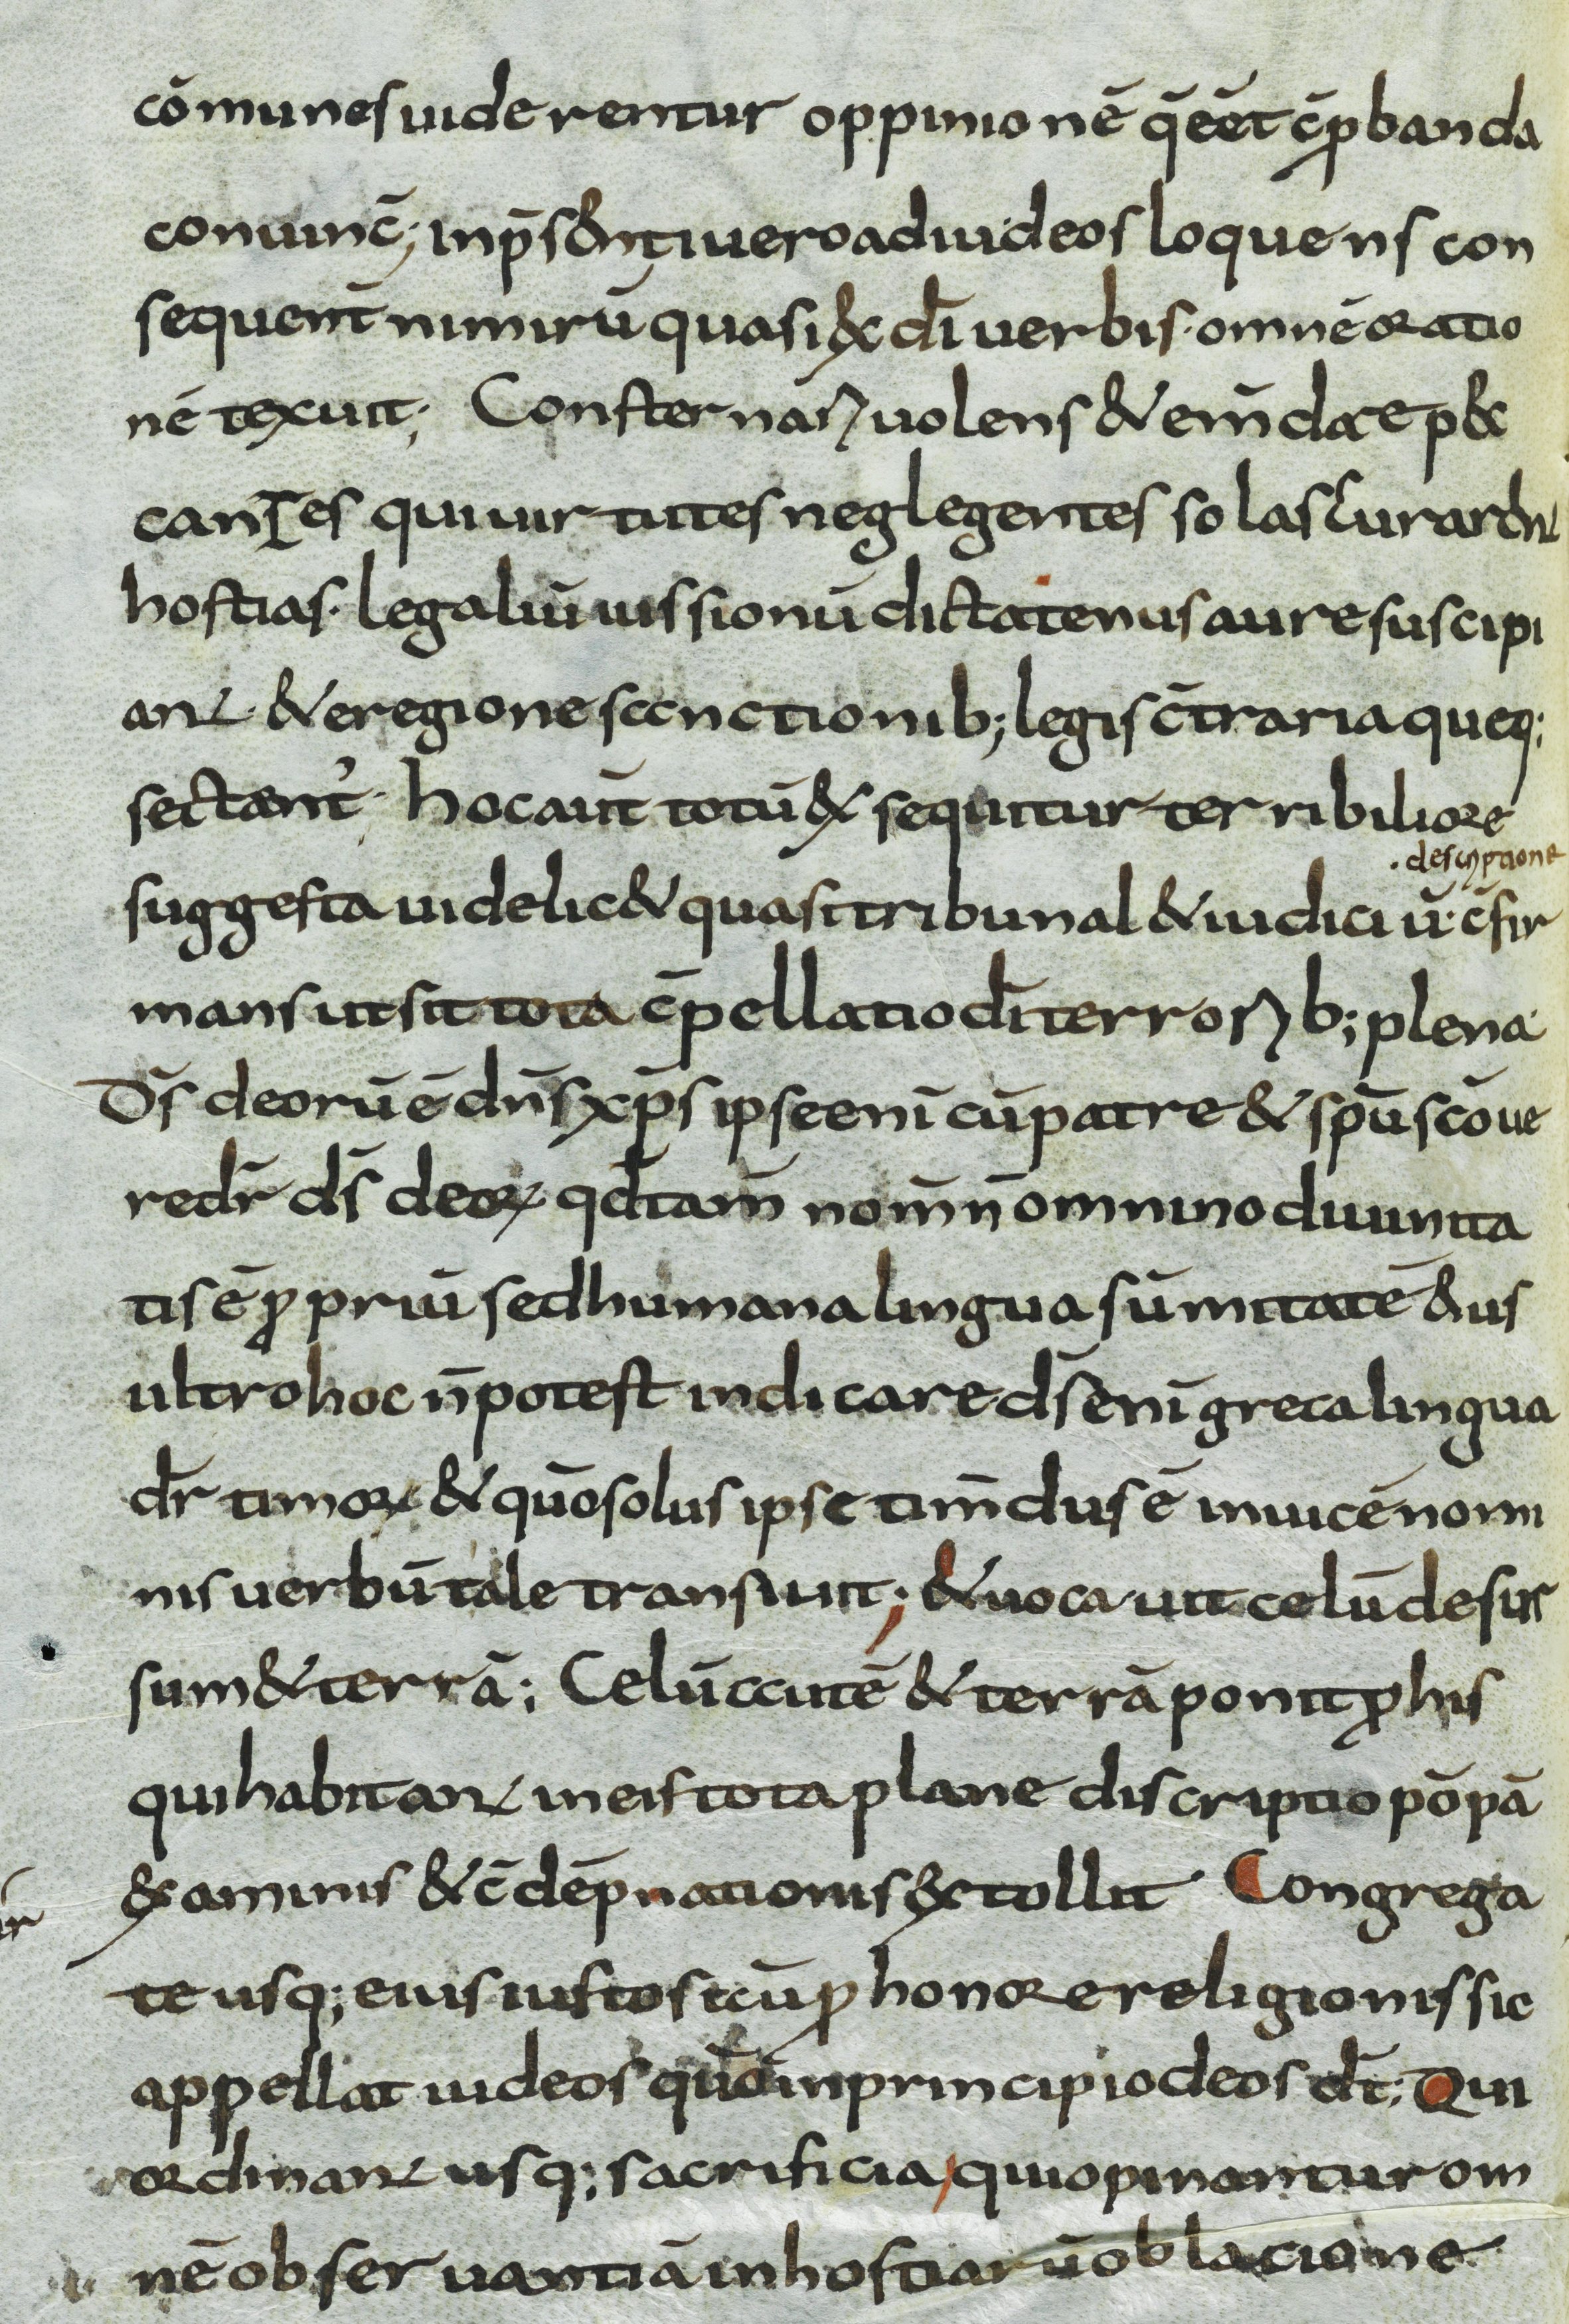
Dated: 800–899